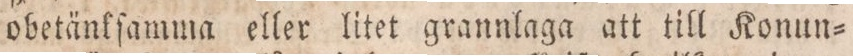
obetänkſamma eller litet grannlaga att till Konun=